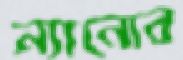
ন্যানোর